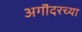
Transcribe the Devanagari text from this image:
अगॊदरच्या